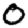
Digit: 0